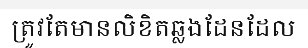
ត្រូវតែមានលិខិតឆ្លងដែនដែល